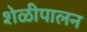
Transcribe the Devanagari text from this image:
शेळीपालन